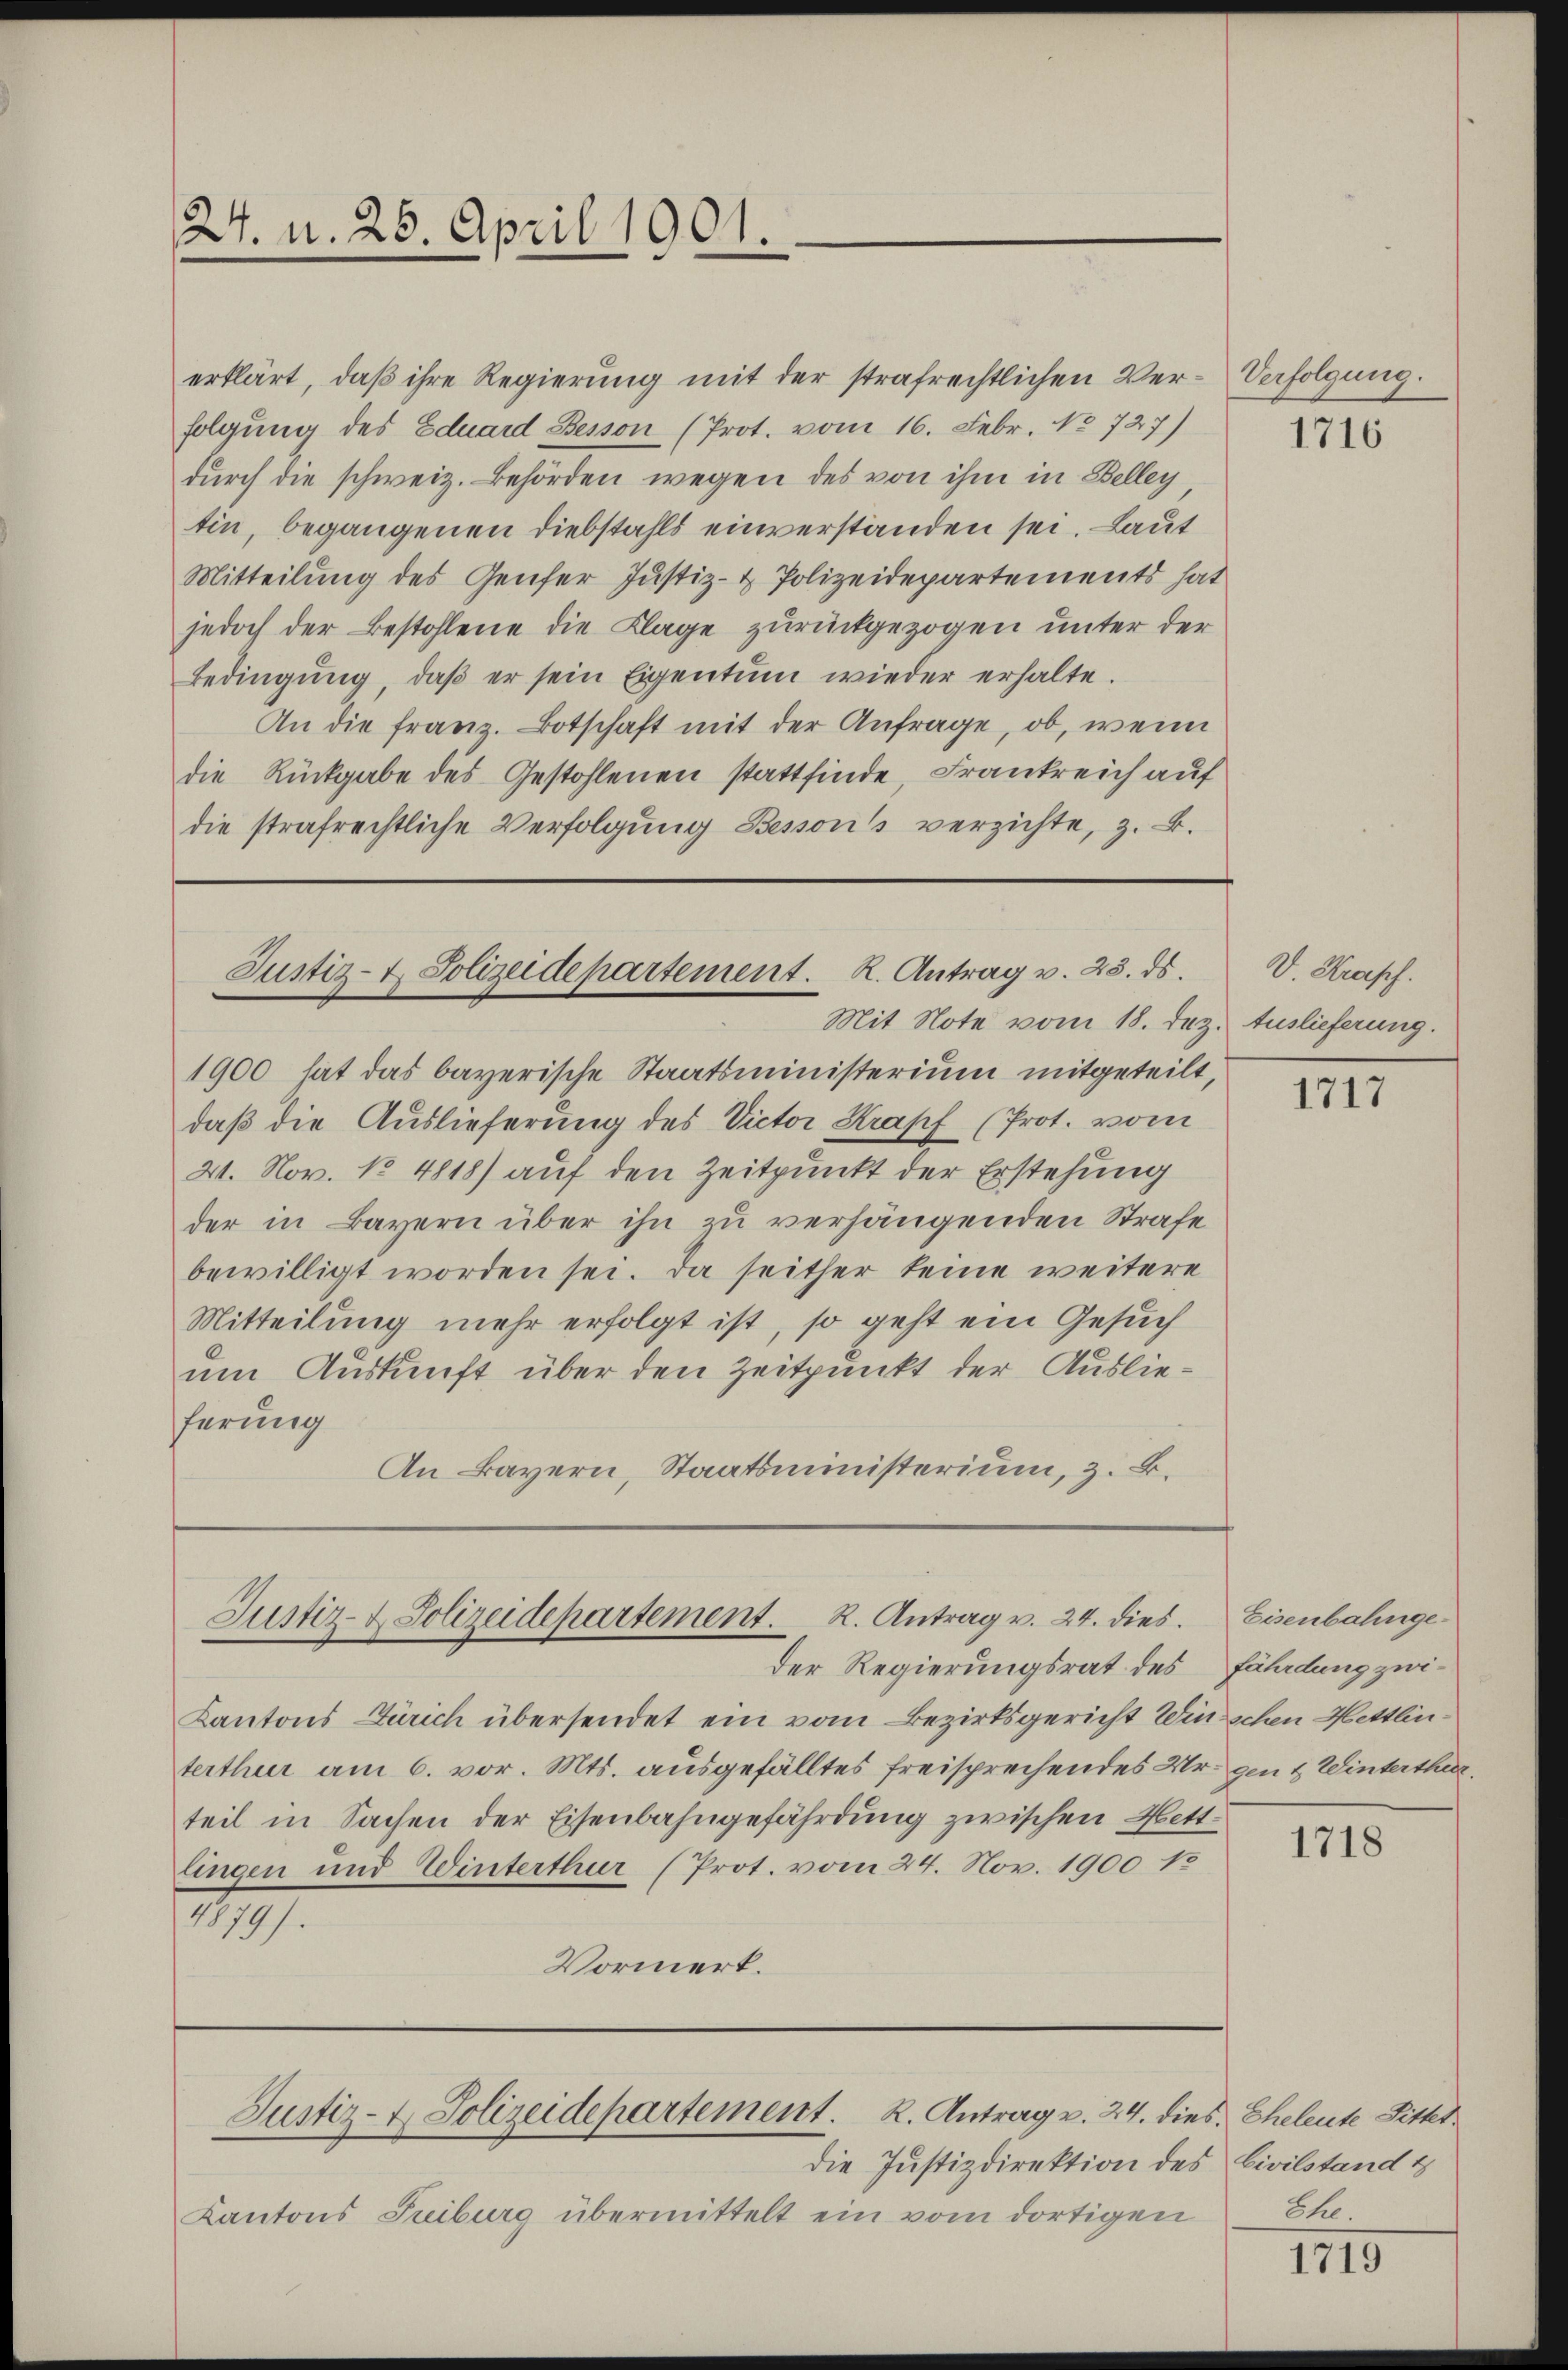
24. d. 25. April 1901.

erklärt, daß ihre Regierung mit der strafrechtlichen Verfolgung des Eduard Besson (Prot. vom 16. Febr. No 727)
durch die schweiz. Behörden wegen des von ihm in Belley
tin, begangenen Diebstahls einverstanden sei. Laut
Mitteilung des Genfer Justiz- & Polizeidepartements hat
jedoch der Bestohlene die Klage zurückgezogen unter der
bedingŭng, daβ er sein Eigentum wieder erhalte.
An die franz. Botschaft mit der Anfrage, ob, wenn
die Rückgabe des Gestohlenen stattfinde, Frankreich auf
die strafrechtliche Verfolgung Bessens verzichte, z. B.

Justiz- & Polizeidepartement. K. Antrag v. 23. ds.
Mit Note vom 18. Dez. Auslieferung.

1900 hat das bayerische Staatsministerium mitgeteilt,
daß die Auslieferung des Victor Krapf (Prot. vom
21. Nov. No 4818) auf den Zeitpunkt der Erstehung
der in Bayern über ihn zu verhängenden Strafe
bewilligt worden sei. Da seither keine weitere
Mitteilung mehr erfolgt ist, so geht ein Gesuch
um Auskunft über den Zeitpunkt der Auslieferung
An Bayern, Staatsministerium, z. B.

Justiz- & Polizeidepartement. R. Antrag v. 24. dies. Eisenbahnge¬

Justiz- & Polizeidepartement. K. Antrag v. 24. dies Eheleute Sitter

die Justizdirektion des Civilstand t
Kantons Fribourg übermittelt ein vom dortigen

Verfolgung.

der Regierungsrat des Fährdung zwi¬
Kantons Zürich übersendet ein vom Bezirksgericht Winschen Hettlinterthur am 6. vor. Mts. ausgefälltes freisprechendes Nr. gen & Winterther
teil in Sachen der Eisenbahngefährdung zwischen Bett.
lingen und Winterthur (Prot. vom 24. Nov. 1900 13
4879).
Vormerk.

1716

V. Krapf.

1717

1718

Ehe.

1719